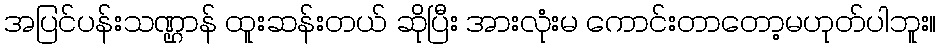
အပြင်ပန်းသဏ္ဌာန် ထူးဆန်းတယ် ဆိုပြီး အားလုံးမ ကောင်းတာတော့မဟုတ်ပါဘူး။